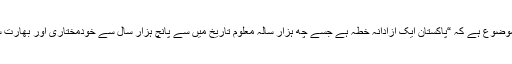
سندھ ساگر میں انکا بنیادی موضوع ہے کہ “پاکستان ایک آزادانہ خطہ ہے جسے چھ ہزار سالہ معلوم تاریخ میں سے پانچ ہزار سال سے خودمختاری اور بھارت سے آزادی حاصل رہی ہے”۔